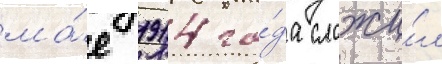
ма́е 1914 го́да сложи́л